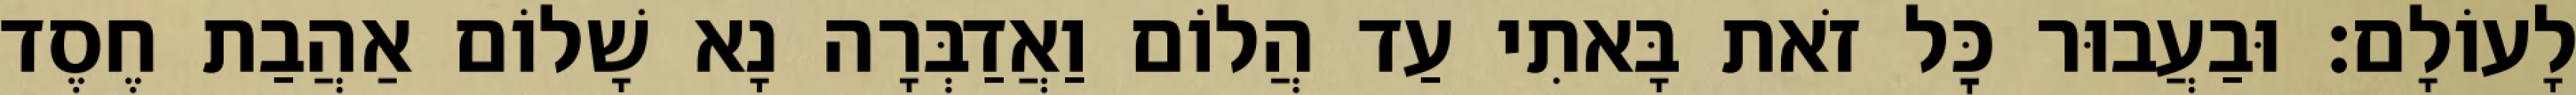
לָעוֹלָם: וּבַעֲבוּר כׇּל זֹאת בָּאתִי עַד הֲלוֹם וַאֲדַבְּרָה נָא שָׁלוֹם אַהֲבַת חֶסֶד